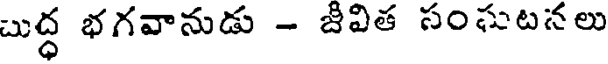
బుద్ధ భగవానుడు - జీవిత సంఘటనలు